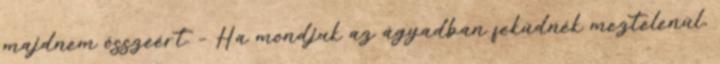
majdnem összeért. – Ha mondjuk az ágyadban feküdnék meztelenül,